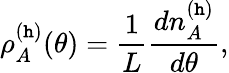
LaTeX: \rho_{A}^{(\mathtt{h})}(\theta)=\frac{{1}}{{L}}\frac{{dn_{A}^{(\mathtt{h})}}}{{d\theta}},